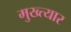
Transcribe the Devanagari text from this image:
मुख्त्यार